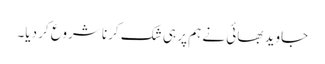
جاوید بھائی نے ہم پر ہی شک کرنا شروع کر دیا۔